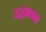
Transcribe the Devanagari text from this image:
उद्धाठन